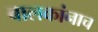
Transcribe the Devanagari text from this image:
बालकांनाच